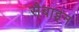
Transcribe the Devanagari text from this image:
सैबाइन